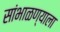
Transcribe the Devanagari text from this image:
सांभाळण्याला